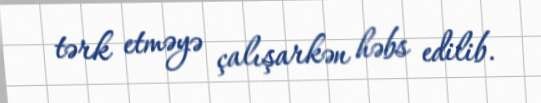
tərk etməyə çalışarkən həbs edilib.